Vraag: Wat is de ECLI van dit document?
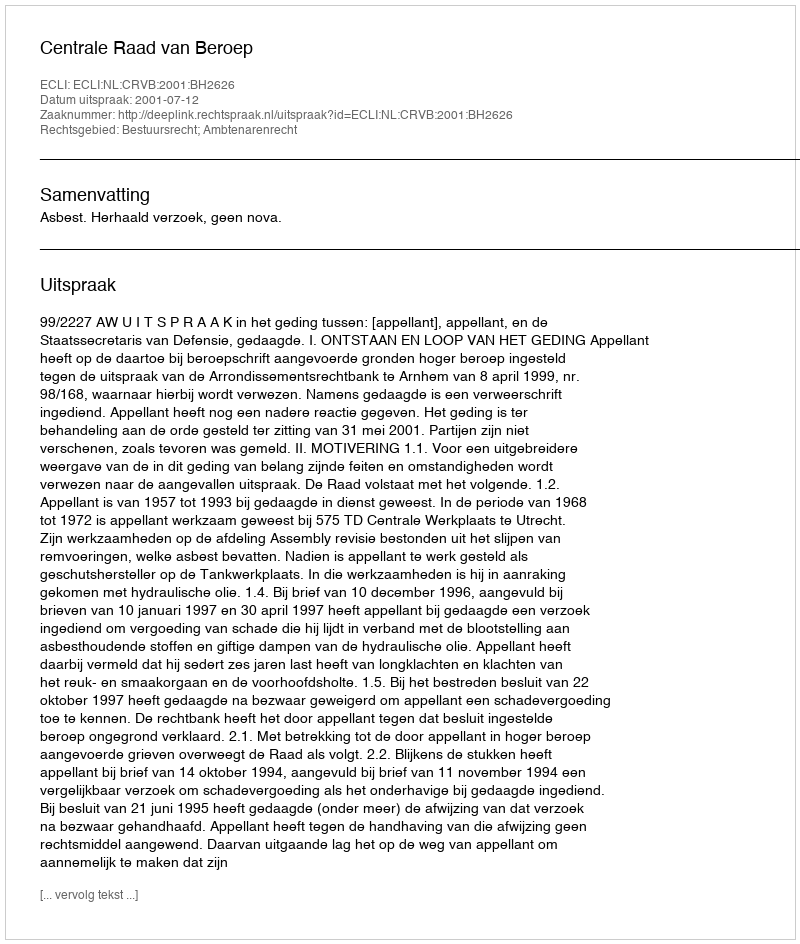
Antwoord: ECLI:NL:CRVB:2001:BH2626